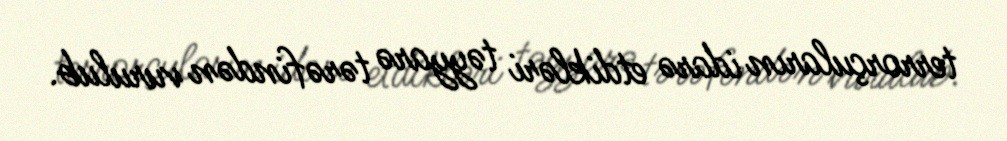
terrorçuların idarə etdikləri təyyarə tərəfindən vurulub.